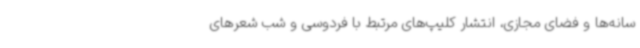
سانه‌ها و فضای مجازی، انتشار کلیپ‌های مرتبط با فردوسی و شب شعرهای